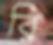
রি